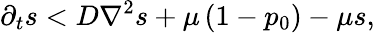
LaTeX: \partial_{t}s<D\nabla^{2}s+\mu\left(1-p_{0}\right)-\mu s,